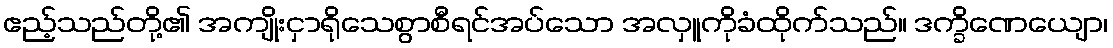
ဧည့်သည်တို့၏ အကျိုးငှာရိုသေစွာစီရင်အပ်သော အလှူကိုခံထိုက်သည်။ ဒက္ခိဏေယျော၊